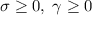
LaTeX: \sigma \geq 0 , \; \gamma \geq 0